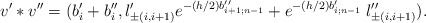
\begin{align*}v' * v'' = ( b_i' + b_i'', l_{\pm (i,i+1)}'e^{-(h/2)b_{i+1;n-1}''} + e^{-(h/2)b_{i;n-1}'} \; l_{\pm (i,i+1)}'').\end{align*}